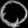
Digit: ၀